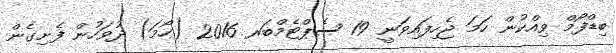
ބިޑްފޯމް ވިއްކުން ހަމަ ޖެހިފައިވަނީ 19 ސެޕްޓެމްބަރ 2016 (ހޯމަ) ދުވަހުން ފެށިގެން